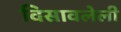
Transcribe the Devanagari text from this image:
विसावलेली